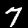
Label: 7